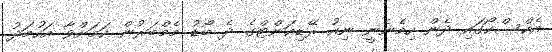
އެކްސްކޯގައި ދެން ހިމެނެނީ ނިއު ރޭޑިއަންޓްގެ ދެ ބޯޑު މެމްބަރުން ކަމަށްވާ އަހުމަދު